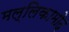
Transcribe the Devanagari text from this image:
मल्लिकामोद